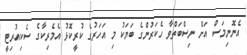
އެނޮނިމަސް އަށް ނިސްބަތްވާ ހެކަރުންގެ ބަޔަކު މި އަހަރުގެ ކުރީކޮޅު އެމެރިކާގެ ސެކިއުރިޓީ